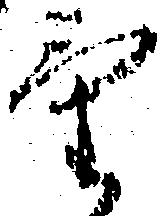
気